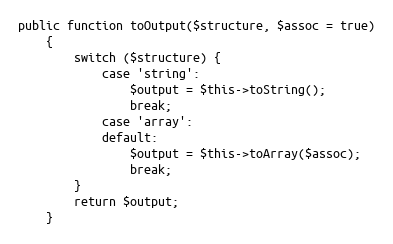
Language: PHP
public function toOutput($structure, $assoc = true)
    {
        switch ($structure) {
            case 'string':
                $output = $this->toString();
                break;
            case 'array':
            default:
                $output = $this->toArray($assoc);
                break;
        }
        return $output;
    }